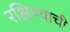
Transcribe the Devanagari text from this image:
रक्षिण्याची